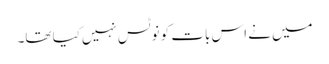
میں نے اس بات کو نوٹس نہیں‌کیا تھا۔